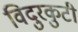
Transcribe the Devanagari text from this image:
विदुरकुटी